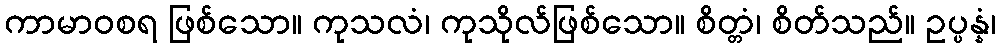
ကာမာဝစရ ဖြစ်သော။ ကုသလံ၊ ကုသိုလ်ဖြစ်သော။ စိတ္တံ၊ စိတ်သည်။ ဥပ္ပန္နံ၊